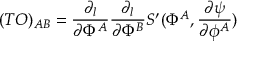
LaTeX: ( T { \sl O } ) _ { A B } = { \frac { \partial _ { l } } { \partial \Phi ^ { A } } } { \frac { \partial _ { l } } { \partial \Phi ^ { B } } } S ^ { \prime } ( \Phi ^ { A } , { \frac { \partial \psi } { \partial \phi ^ { A } } } )